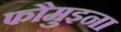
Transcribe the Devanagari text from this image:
फौमुइना